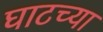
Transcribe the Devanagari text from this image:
घाटच्या